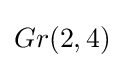
Gr(2,4)